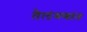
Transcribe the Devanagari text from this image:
तैलंगणांत